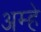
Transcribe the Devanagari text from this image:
अम्हे